Report of the Imperial Institute of Veterinary Research, Muktesar
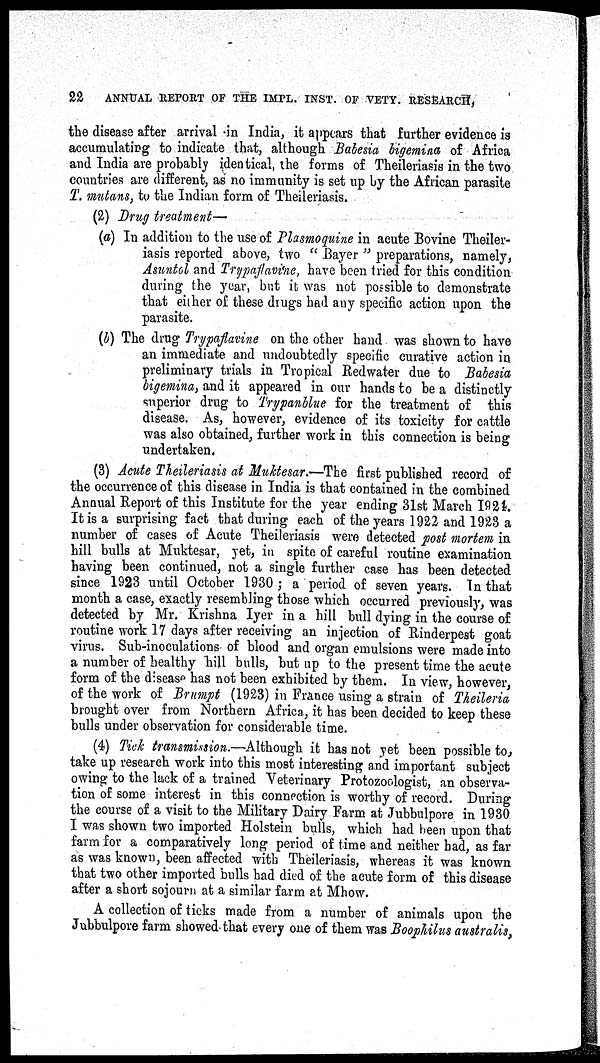
22
ANNUAL REPORT OF THE IMPL. INST. OF VETY. RESEARCH,
the disease after arrival in India, it appears that further evidence is
accumulating to indicate that, although Babesia bigemina of Africa
and India are probably identical, the forms of Theileriasis in the two
countries are different, as no immunity is set up by the African parasite
T. mutans, to the Indian form of Theileriasis.
(2) Drug treatment—
(a) In addition to the use of Plasmoquine in acute Bovine Theiler-
iasis reported above, two " Bayer " preparations, namely,
Asuntol and Trypaflavine, have been tried for this condition
during the year, but it was not possible to demonstrate
that either of these drugs had any specific action upon the
parasite.
(b) The drug Trypaflavine on the other hand was shown to have
an immediate and undoubtedly specific curative action in
preliminary trials in Tropical Redwater due to Babesia
bigemina, and it appeared in our hands to be a distinctly
superior drug to Trypanblue for the treatment of this
disease. As, however, evidence of its toxicity for cattle
was also obtained, further work in this connection is being
undertaken.
(3) Acute Theileriasis at Muktesar.—The first published record of
the occurrence of this disease in India is that contained in the combined
Annual Report of this Institute for the year ending 31st March 1924.
It is a surprising fact that during each of the years 1922 and 1923 a
number of cases of Acute Theileriasis were detected post mortem in
hill bulls at Muktesar, yet, in spite of careful routine examination
having been continued, not a single further case has been detected
since 1923 until October 1930 ; a period of seven years. In that
month a case, exactly resembling those which occurred previously, was
detected by Mr. Krishna Iyer in a hill bull dying in the course of
routine work 17 days after receiving an injection of Rinderpest goat
virus. Sub-inoculations of blood and organ emulsions were made into
a number of healthy hill bulls, but up to the present time the acute
form of the disease has not been exhibited by them. In view, however,
of the work of Brumpt (1923) in France using a strain of Theileria
brought over from Northern Africa, it has been decided to keep these
bulls under observation for considerable time.
(4) Tick transmission.—Although it has not yet been possible to,
take up research work into this most interesting and important subject
owing to the lack of a trained Veterinary Protozoologist, an observa-
tion of some interest in this connection is worthy of record. During
the course of a visit to the Military Dairy Farm at Jubbulpore in 1930
I was shown two imported Holstein bulls, which had been upon that
farm for a comparatively long period of time and neither bad, as far
as was known, been affected with Theileriasis, whereas it was known
that two other imported bulls had died of the acute form of this disease
after a short sojourn at a similar farm at Mhow.
A collection of ticks made from a number of animals upon the
Jubbulpore farm showed that every one of them was Boophilus australis,